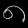
Digit: ၈